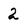
Character: 2